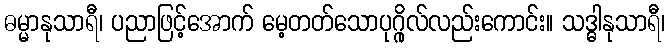
ဓမ္မာနုသာရီ၊ ပညာဖြင့်အောက် မေ့တတ်သောပုဂ္ဂိုလ်လည်းကောင်း။ သဒ္ဓါနုသာရီ၊